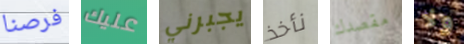
فرصنا عليك يجبرني نأخذ مقصدك ولا